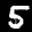
Label: 5